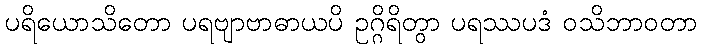
ပရိယောသိတော ပရဗျာဗာဓာယပိ ဥဂ္ဂိရိတွာ ပရဿပဒံ ဝသိဘာဝတာ